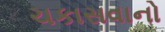
ચકાસવાનો